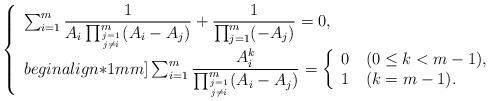
LaTeX: \begin{align*}\left\{\begin{array}{l}\sum_{i=1}^{m}\displaystyle\frac{1}{A_i\prod_{j=1\atop j\ne i}^{m}(A_i-A_j)}+\frac{1}{\prod_{j=1}^m(-A_j)}=0,\\begin{align*}1mm]\sum_{i=1}^{m}\displaystyle\frac{A_i^k}{\prod_{j=1\atop j\ne i}^{m}(A_i-A_j)}=\left\{\begin{array}{l}0\quad(0\le k<m-1),\\1\quad(k=m-1).\end{array}\right.\end{array}\right.\end{align*}